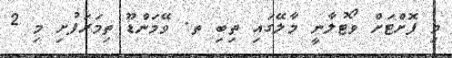
މި ފޮށްޓަށް ވޯޓުލާނީ މާލޭގައި ތިބި ތ. ވޭމަންޑޫ ތިމަރަފުށި މި 2